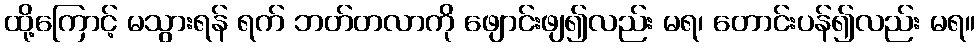
ထို့ကြောင့် မသွားရန် ရက် ဘတ်တလာကို ဖျောင်းဖျ၍လည်း မရ၊ တောင်းပန်၍လည်း မရ။